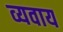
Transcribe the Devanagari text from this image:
व्यवाय